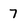
Character: 7